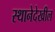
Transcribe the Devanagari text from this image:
स्थानेदेखील